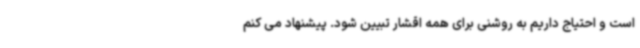
است و احتیاج داریم به روشنی برای همه اقشار تبیین شود. پیشنهاد می کنم